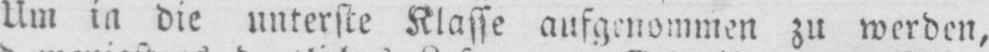
Um in die unterste Klasse aufgenommen zu werden,